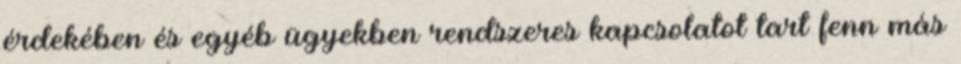
érdekében és egyéb ügyekben rendszeres kapcsolatot tart fenn más